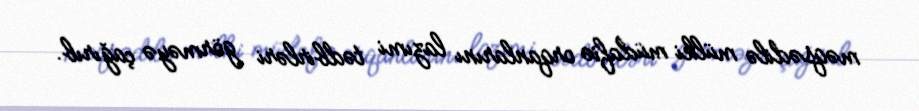
məqsədilə mülki müdafiə orqanlarını lazımi tədbirləri görməyə çağırıb.